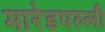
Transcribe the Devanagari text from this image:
मारेडपल्ली